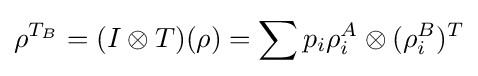
\rho ^{T_{B}}=(I\otimes T)(\rho )=\sum p_{i}\rho _{i}^{A}\otimes (\rho _{i}^{B})^{T}